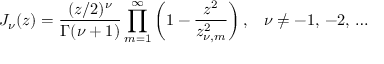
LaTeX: J _ { \nu } ( z ) = \frac { ( z / 2 ) ^ { \nu } } { \Gamma ( \nu + 1 ) } \prod _ { m = 1 } ^ { \infty } \left( 1 - \frac { z ^ { 2 } } { z _ { \nu , m } ^ { 2 } } \right) { , } \quad \nu \not = - 1 , \, - 2 , \, \ldots